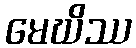
မေဃိဿ